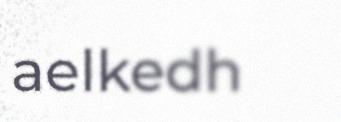
aelkedh